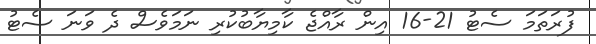
ފުރަތަމަ ސެޓު 21-16 އިން ރާއްޖެ ކާމިޔާބުކުރި ނަމަވެސް ދެ ވަނަ ސެޓު